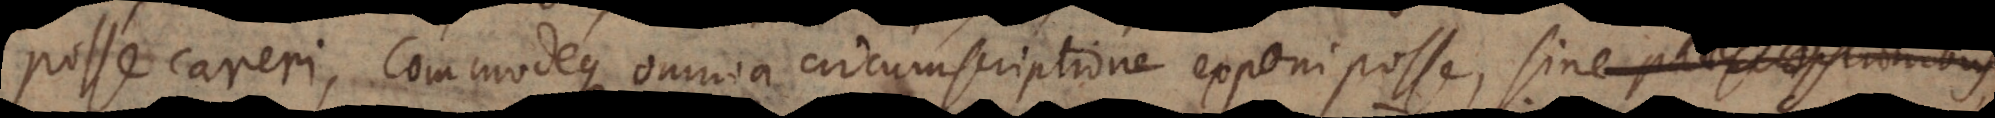
posse careri, commodeque omnia circumscriptione exponi posse, sine praesc